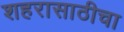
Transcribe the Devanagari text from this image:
शहरासाठीचा